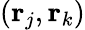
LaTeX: (\mathbf{r}_{j},\mathbf{r}_{k})